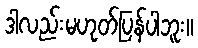
ဒါလည်းမဟုတ်ပြန်ပါဘူး။